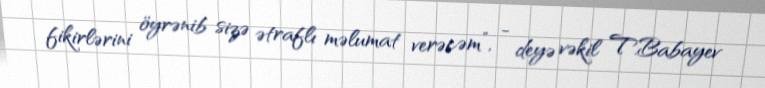
fikirlərini öyrənib sizə ətraflı məlumat verəcəm”, - deyə vəkil T.Babayev